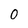
Character: 0